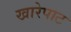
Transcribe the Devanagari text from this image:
खारेपाट